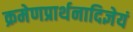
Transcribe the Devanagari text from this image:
क्रमेणप्रार्थनादिज्ञेयं